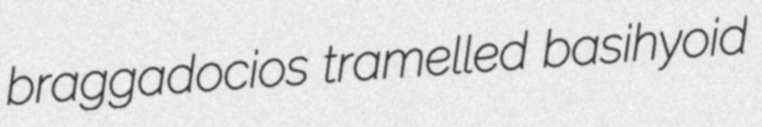
braggadocios tramelled basihyoid